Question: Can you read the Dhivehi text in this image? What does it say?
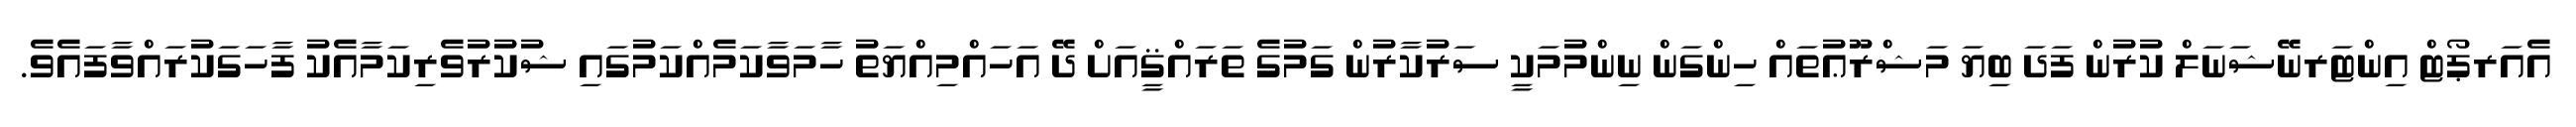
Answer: އެއަރޕޯޓް އިންޓަރނޭޝަނަލް ކުރުން ފަދަ ބިޔަ މަޝްރޫޢުތައް ހިންގަން ނިންމުމަކީ ސަރުކާރުން ގަމުގެ ތަރައްޤީއަށް ދޭ އަހައްމިއްޔަތު ހާމަވާކަމެއްކަމުގައި ޝުކުރުވެރިކަމާއެކު ފާހަގަކުރައްވާފައެވެ.